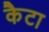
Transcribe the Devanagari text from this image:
कैटा